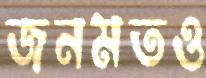
জনমতও